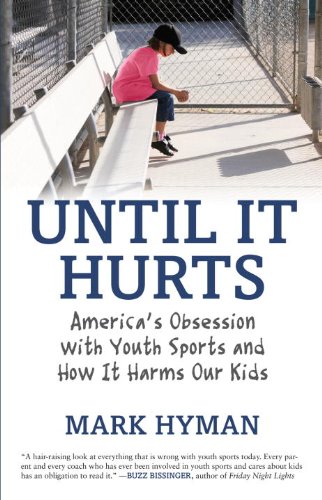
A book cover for Until It Hurts: America's Obsession with Youth Sports and How It Harms Our Kids; Mark Hyman; Sports & Outdoors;